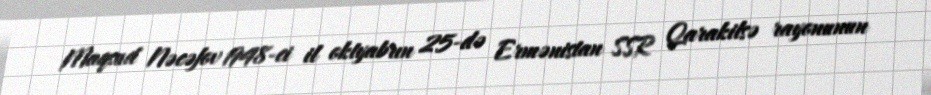
Maqsud Nəcəfov 1948-ci il oktyabrın 25-də Ermənistan SSR Qarakilsə rayonunun